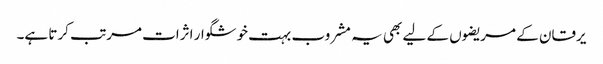
یرقان کے مریضوں کے لیے بھی یہ مشروب بہت خوشگوار اثرات مرتب کرتا ہے۔